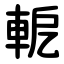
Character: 軶